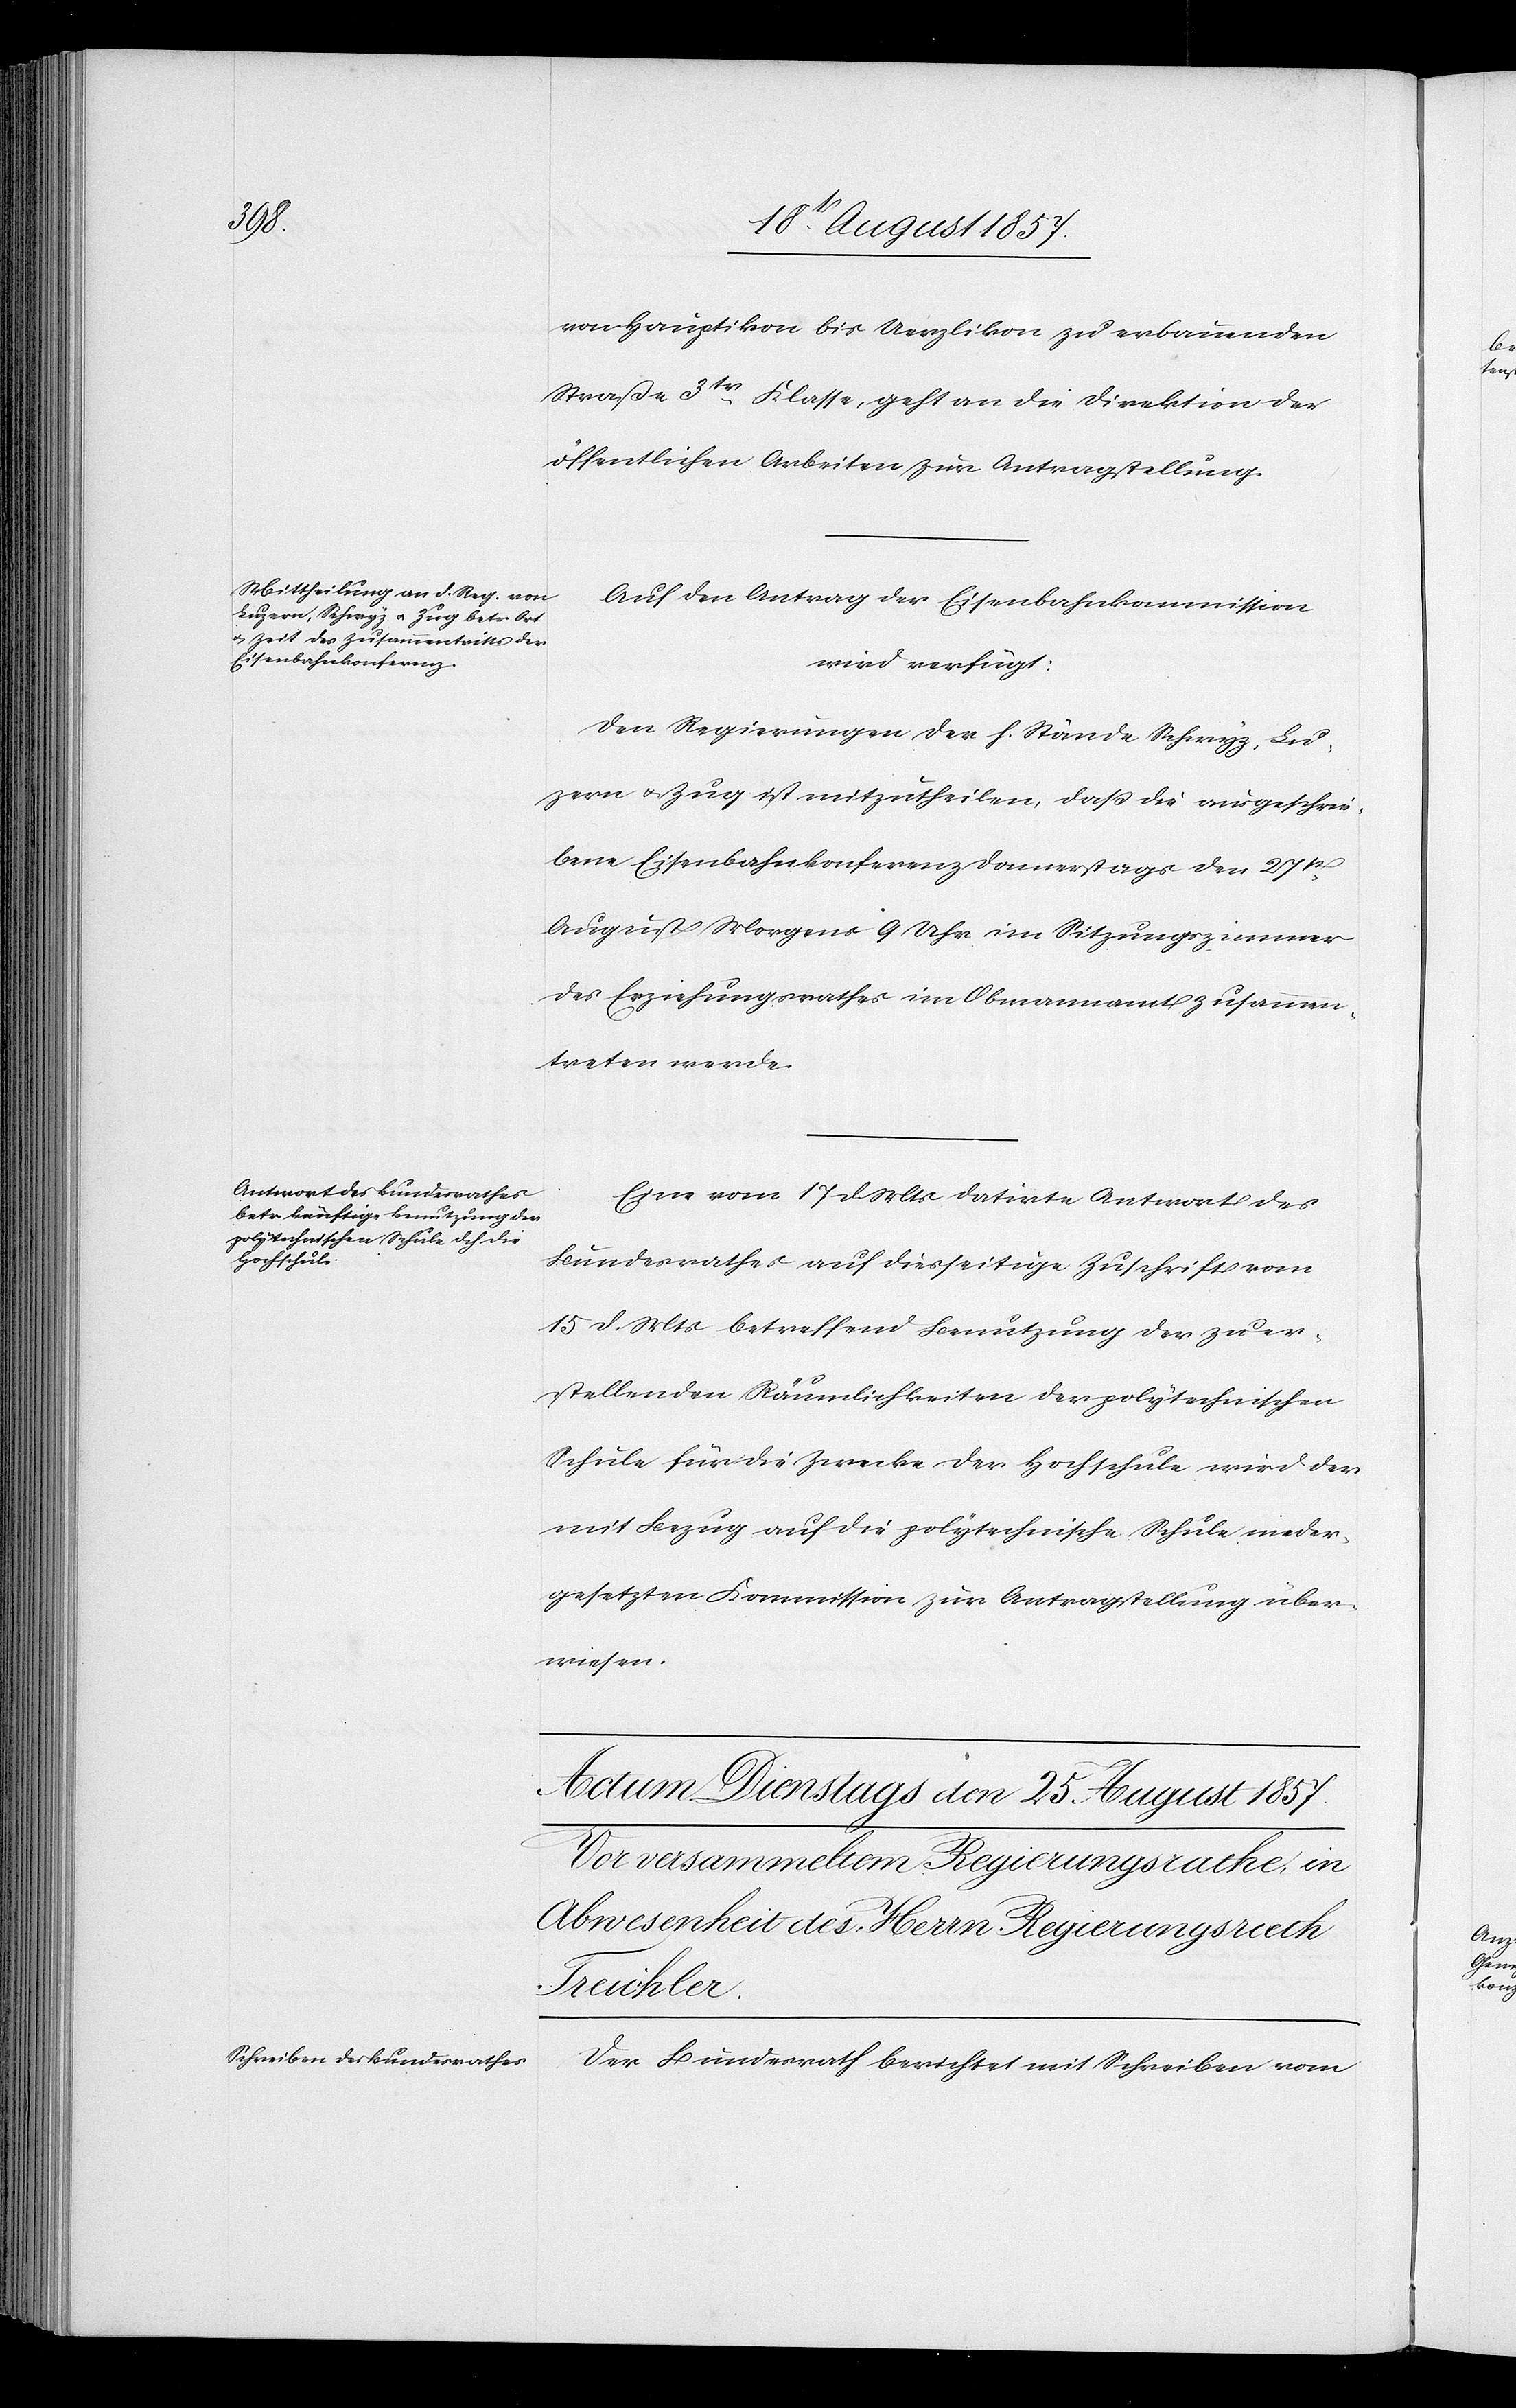
24t August 1857.]
von Hauptikon bis Uerzlikon zu erbauenden
Straße 3tr Klasse, geht an die Direktion der
öffentlichen Arbeiten zur Antragstellung.
Auf den Antrag der Eisenbahnkommission
wird verfügt:
Den Regierungen der h. Stände Schwyz, Lu¬
zern & Zug ist mitzutheilen, daß die ausgeschrie¬
bene Eisenbahnkonferenz Donnerstags den 27t
August Morgens 9 Uhr im Sitzungszimmer
des Erziehungsrathes im Obmannamt zusammen¬
treten werde.
Eine vom 17 d. Mts. datirte Antwort des
Bundesrathes auf diesseitige Zuschrift vom
15 d. Mts. betreffend Benutzung der zu er¬
stellenden Räumlichkeiten der polytechnischen
Schule für die Zwecke der Hochschule wird der
mit Bezug auf die polytechnische Schule nieder¬
gesetzten Kommission zur Antragstellung über¬
wiesen.
Der Bundesrath berichtet mit Schreiben vom